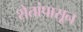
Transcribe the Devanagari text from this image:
शेतांपासून